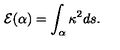
{ \cal E } ( \alpha ) = \int _ { \alpha } \kappa ^ { 2 } d s .